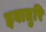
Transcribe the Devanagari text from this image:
इवातुरि